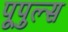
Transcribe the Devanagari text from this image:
पूपुल्स